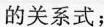
的关系式；